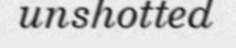
unshotted